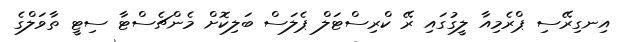
އިނގިރޭސި ޕްރެމިއާ ލީގުގައި ރޭ ކްރިސްޓަލް ޕެލަސް ބަލިކޮށް މެންޗެސްޓާ ސިޓީ ތާވަލްގެ